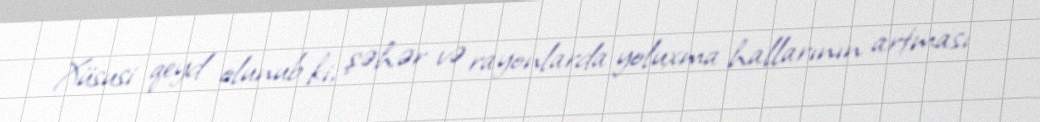
Xüsusi qeyd olunub ki, şəhər və rayonlarda yoluxma hallarının artması